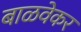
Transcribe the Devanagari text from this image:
बाळवेकर